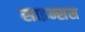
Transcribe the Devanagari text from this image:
साइन्सस